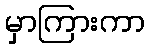
မှာကြားကာ